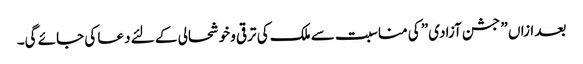
بعد ازاں ” جشن آزادی” کی مناسبت سے ملک کی ترقی وخوشحالی کے لئے دعا کی جائے گی۔